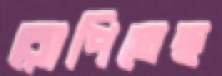
রোপিতেছ